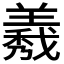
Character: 𦏁